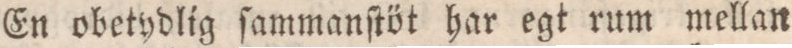
En obetydlig ſammanſtöt har egt rum mellan